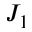
J _ { 1 }